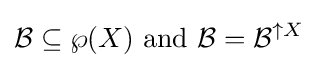
{\mathcal {B}}\subseteq \wp (X){\text{ and }}{\mathcal {B}}={\mathcal {B}}^{\uparrow X}